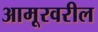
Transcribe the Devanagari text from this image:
आमूरवरील